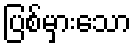
ပြစ်မှားသော